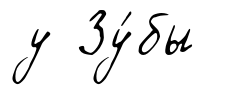
у Зу́бы